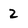
Character: 2